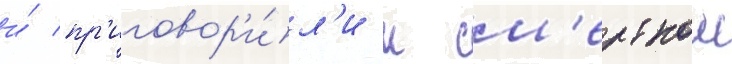
и́ пр'иговор'и́л'и к см'ертнои